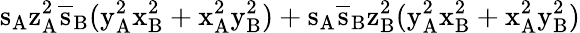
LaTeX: \mathrm{s_{A}\mathrm{z_{A}^{2}\mathrm{\overline{{s}}_{B}(\mathrm{y_{A}^{2}\mathrm{x_{B}^{2}+\mathrm{x_{A}^{2}\mathrm{y_{B}^{2})+\mathrm{s_{A}\mathrm{\overline{{s}}_{B}\mathrm{z_{B}^{2}(\mathrm{y_{A}^{2}\mathrm{x_{B}^{2}+\mathrm{x_{A}^{2}\mathrm{y_{B}^{2})}}}}}}}}}}}}}}